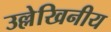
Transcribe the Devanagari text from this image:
उल्लेखिनीय